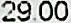
29.00